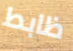
ظابط